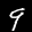
Label: 9